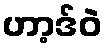
ဟာ့ဒ်ဝဲ